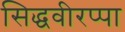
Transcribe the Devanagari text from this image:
सिद्धवीरप्पा